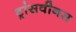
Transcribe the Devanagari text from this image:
ट्रांसवीनस